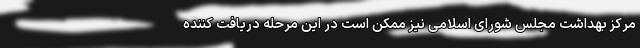
مرکز بهداشت مجلس شورای اسلامی نیز ممکن است در این مرحله دریافت کننده